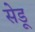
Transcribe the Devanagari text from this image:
सेडू